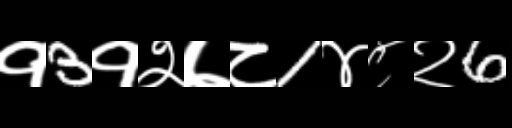
Text: १3१२७८1४८२6